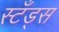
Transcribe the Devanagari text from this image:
स्टँड्स